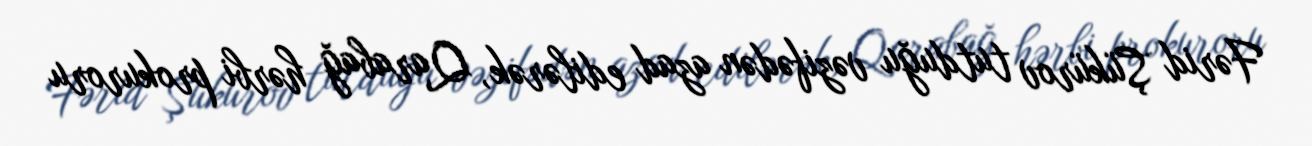
Fərid Şükürov tutduğu vəzifədən azad edilərək, Qarabağ hərbi prokuroru